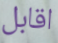
اقابل